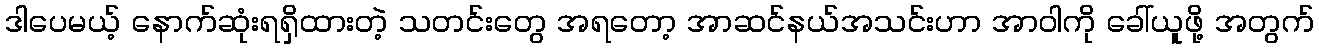
ဒါပေမယ့် နောက်ဆုံးရရှိထားတဲ့ သတင်းတွေ အရတော့ အာဆင်နယ်အသင်းဟာ အာဝါကို ခေါ်ယူဖို့ အတွက်